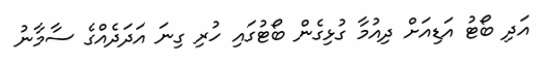
އަދި ބޯޓު އަޑިއަށް ދިއުމާ ގުޅިގެން ބޯޓުގައި ހުރި ގިނަ އަދަދެއްގެ ސާމާނު